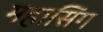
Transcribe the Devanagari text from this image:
महासिंग